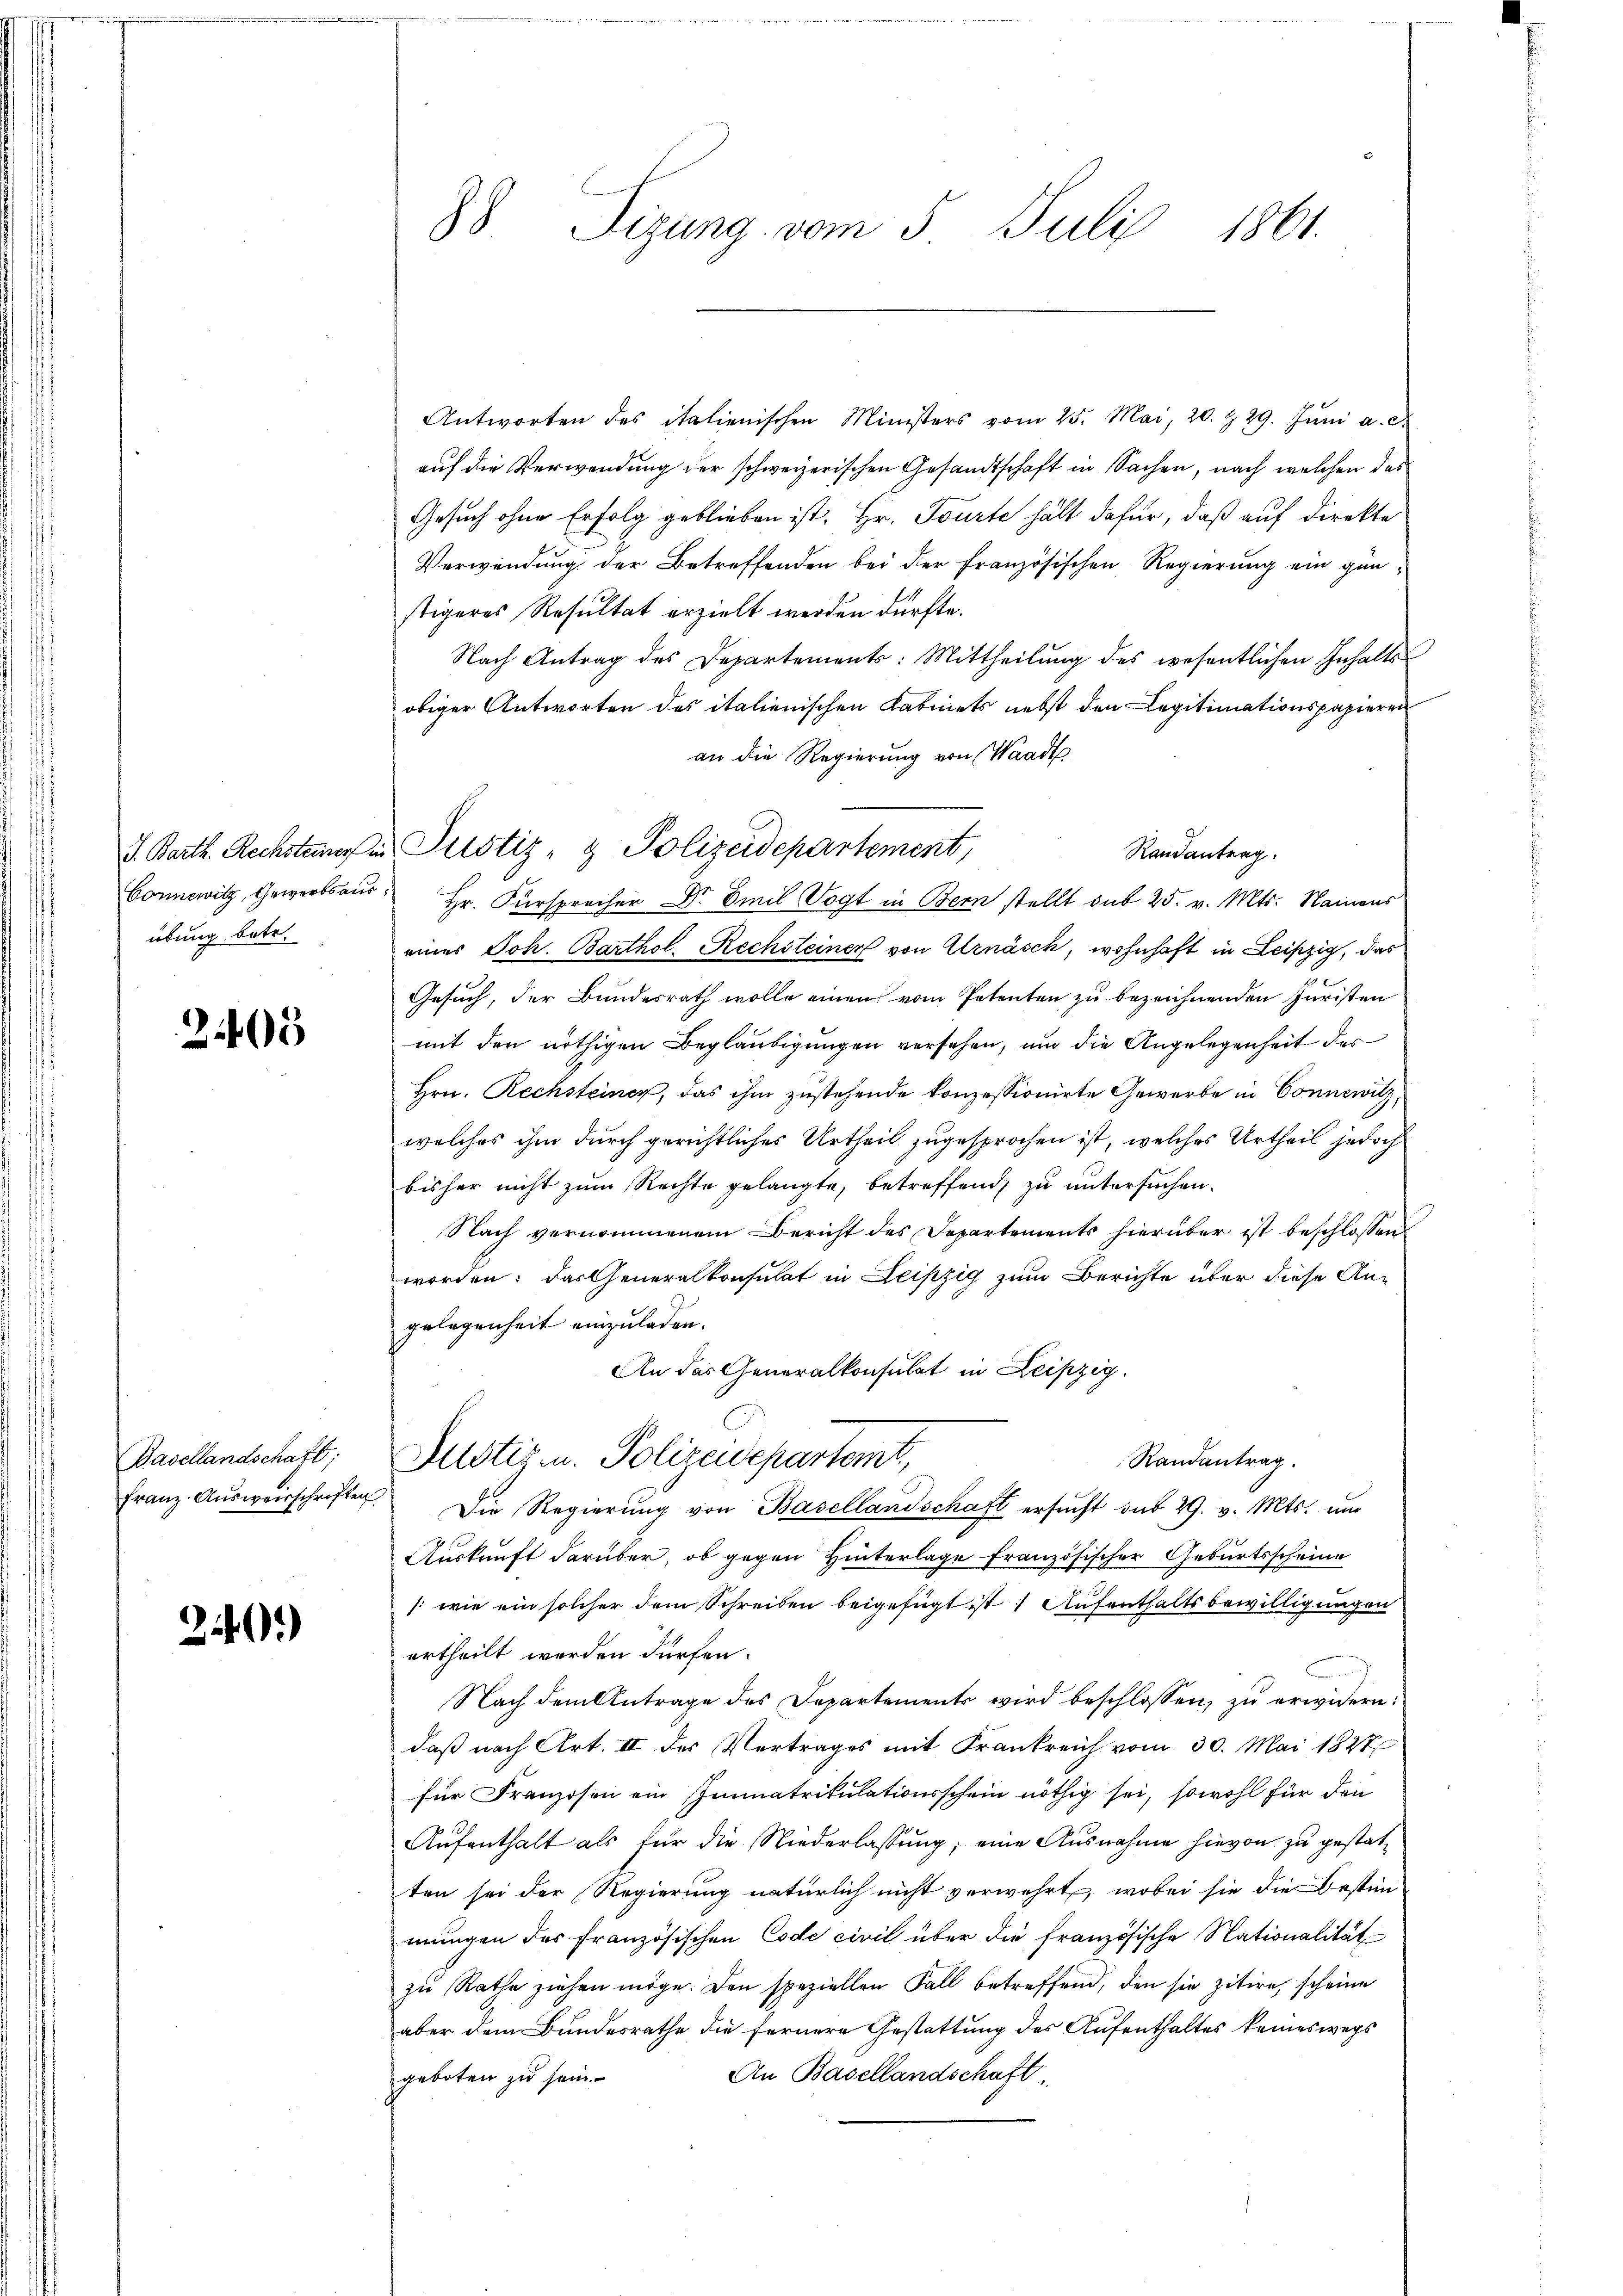
übung betr.

243

Basellandschaft;
Franz. Ausweisschriften

29)

88 Sizung vom 5. Juli 1861.

Antworten des italienischen Ministers vom 25. Mai, 20. Z. 29. Jŭni a. c.
auf die Verwendung der schweizerischen Gesandtschaft in Sachen, nach welchen das
Gesuch ohne Erfolg geblieben ist. Hr. Tourte hält dafür, daß auf direkte
Verwendung der Betreffenden bei der französischen Regierung ein günstigeres Resultat erzielt werden dürfte.
Nach Antrag des Departements: Mittheilŭng des wesentlichen Inhalts-
obiger Antworten des italienischen Kabinets nebst den Legitimationspapieren
an die Regierung von Waadt
Randantrag
Connewitz, Gewerbsans Hr. Fürsprecher Dr Emil Vogt in Bern stellt sub 25. v. Mts. Namens
eines Joh. Barthol. Rechsteiner von Arnäsch, wohnhaft in Leipzig, das
Gesuch, der Bundesrath wolle einen vom Petenten zu bezeichnenden Juristen
mit den nöthigen Beglaubigungen versehen, um die Angelegenheit des
Hrn. Rechsteiner, das ihm zustehende konzessionirte Gewerbe in Connewitz,
welches ihm durch gerichtliches Urtheil zugesprochen ist, welches Urtheil jedoch
bisher nicht zum Rechte gelangte, betreffend zu untersuchen.
Nach vernommenem Bericht des Departements hierüber ist beschlossen:
worden: das Generalkonsulat in Leipzig zum Berichte über diese An-
gelegenheit einzuladen.
An das Generalkonsulat in Leipzig.
Randantrag.
Justiz u. Polizeidepartemt,
Die Regierŭng von Basellandschaft ersŭcht du 29. v. Mts. um
Auskunft darüber, ob gegen Hinterlage französischer Geburtsscheine
/: wie ein solcher dem Schreiben beigefügt ist Aufenthaltsbewilligungen
urtheilt worden dürfen.
Nach dem Antrage des Departements wird beschlossen, zu erwidern.
daß nach Art. II des Vertrages mit Frankreich vom 30. Mai 1827
für Franzosen ein Immatrikulationsschein nöthig sei, sowohl für den
Aufenthalt als für die Niederlassung; eine Ausnahme hievon zu gestatten sei der Regierung natürlich nicht verwehrt, wobei sie die Bestim-
mungen des französischen Code civil über die französische Nationalität
zŭ Rathe ziehen möge. Den speziellen Fall betreffend, den sie zitire, scheine
aber dem Bundesrathe die fernere Gestattung des Aufenthaltes keineswegs
An Basellandschaft.
geboten zu sein

I. Barth. Rechsteres in Pustiz- & Polizeidepartement,